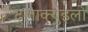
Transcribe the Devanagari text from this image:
ट्लाक्युइलो